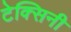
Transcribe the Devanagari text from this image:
टेक्सिनी